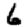
Digit: 6